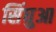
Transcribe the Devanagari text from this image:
सिंघुआ